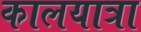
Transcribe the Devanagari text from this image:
कालयात्रा